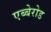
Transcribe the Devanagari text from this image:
एब्बेरोड